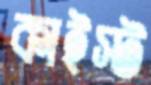
কাইস্ট